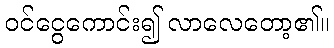
ဝင်ငွေကောင်း၍ လာလေတော့၏။